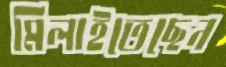
মিলাইতেছেন